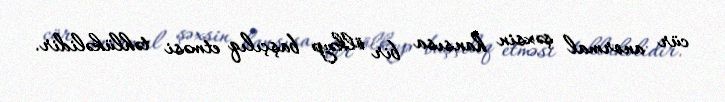
cür anormal şəxsin hansısa bir ölkəyə başçılıq etməsi təhlükəlidir.